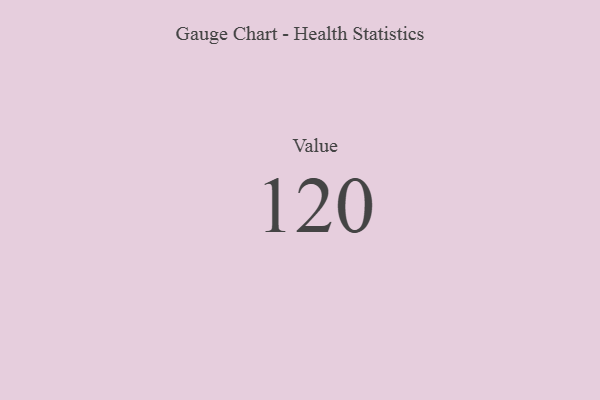
{"axis": {"x": "Metric", "y": "Value"}, "legend": [""], "data": [{"x": "Value", "y": 120, "type": ""}]}